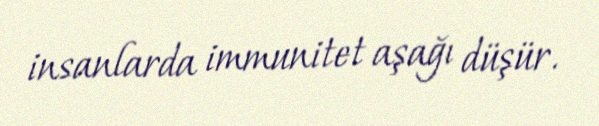
insanlarda immunitet aşağı düşür.